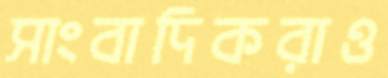
সাংবাদিকরাও